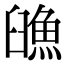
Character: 𩶿